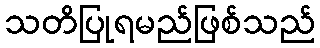
သတိပြုရမည်ဖြစ်သည်